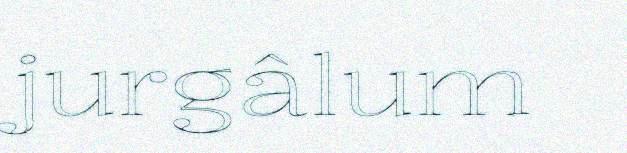
jurgâlum